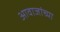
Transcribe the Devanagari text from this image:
आवाजांच्या